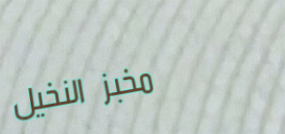
مخبز النخيل